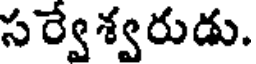
సర్వేశ్వరుడు.